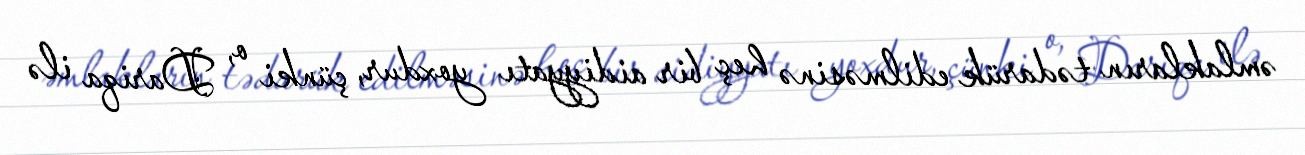
əmlakların tədarük edilməsinə heç bir aidiyyatı yoxdur, çünki o, Dariqa ilə